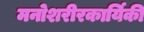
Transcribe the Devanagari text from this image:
मनोशरीरकार्यिकी